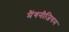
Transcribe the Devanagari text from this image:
मैंगनीजियम